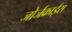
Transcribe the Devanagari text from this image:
जोर्जक्राईस